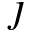
\jmath